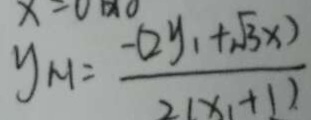
y _ { M } = \frac { - ( 2 y _ { 1 } + \sqrt { 3 } x ) } { 2 ( x _ { 1 } + 1 ) }